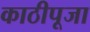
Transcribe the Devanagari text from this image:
काठीपूजा